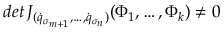
d e t \, J _ { ( { \dot { q } } _ { \sigma _ { m + 1 } } , \dots , { \dot { q } } _ { \sigma _ { n } } ) } ( \Phi _ { 1 } , \dots , \Phi _ { k } ) \not = 0